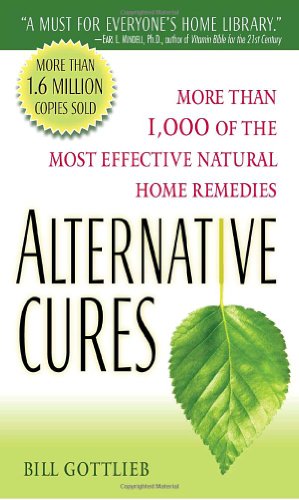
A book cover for Alternative Cures: More than 1,000 of the Most Effective Natural Home Remedies; Bill Gottlieb; Health, Fitness & Dieting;